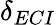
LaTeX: \delta_{ECI}